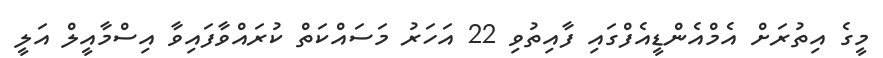
މީގެ އިތުރަށް އެމްއެންޑީއެފްގައި ފާއިތުވި 22 އަހަރު މަސައްކަތް ކުރައްވާފައިވާ އިސްމާއީލް އަލީ